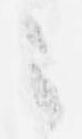
々